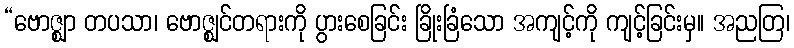
“ဗောဇ္ဈာ တပသာ၊ ဗောဇ္ဈင်တရားကို ပွားစေခြင်း ခြိုးခြံသော အကျင့်ကို ကျင့်ခြင်းမှ။ အညတြ၊